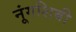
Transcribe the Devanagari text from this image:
नूंगशिबी